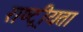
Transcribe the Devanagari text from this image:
राष्‍ट्रीयता